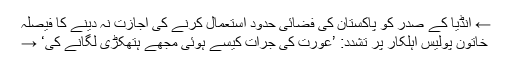
← انڈیا کے صدر کو پاکستان کی فضائی حدود استعمال کرنے کی اجازت نہ دینے کا فیصلہ
خاتون پولیس اہلکار پر تشدد: ’عورت کی جرات کیسے ہوئی مجھے ہتھکڑی لگانے کی‘ →